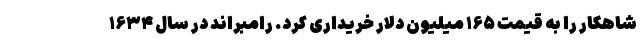
شاهکار را به قیمت ۱۶۵ میلیون دلار خریداری کرد. رامبراند در سال ۱۶۳۴